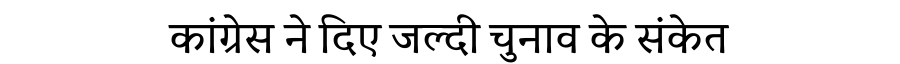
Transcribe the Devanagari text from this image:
कांग्रेस ने दिए जल्दी चुनाव के संकेत